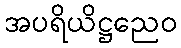
အပရိယိဋ္ဌညေဝ